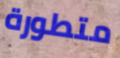
متطورة